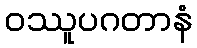
ဝဿူပဂတာနံ